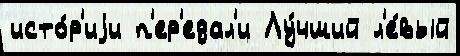
исто́р'иjи п'ер'едал'и Лу́чший л'е́вый